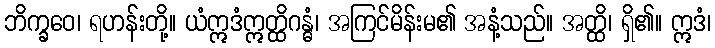
ဘိက္ခဝေ၊ ရဟန်းတို့။ ယံဣဒံဣတ္ထိဂန္ဓံ၊ အကြင်မိန်းမ၏ အနံ့သည်။ အတ္ထိ၊ ရှိ၏။ ဣဒံ၊